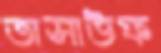
তাসাউফ